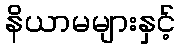
နိယာမများနှင့်